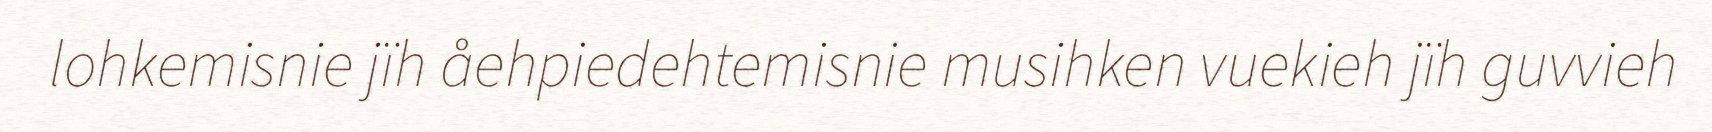
lohkemisnie jïh åehpiedehtemisnie musihken vuekieh jïh guvvieh